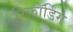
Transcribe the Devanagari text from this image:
रिकाॅर्डिंग